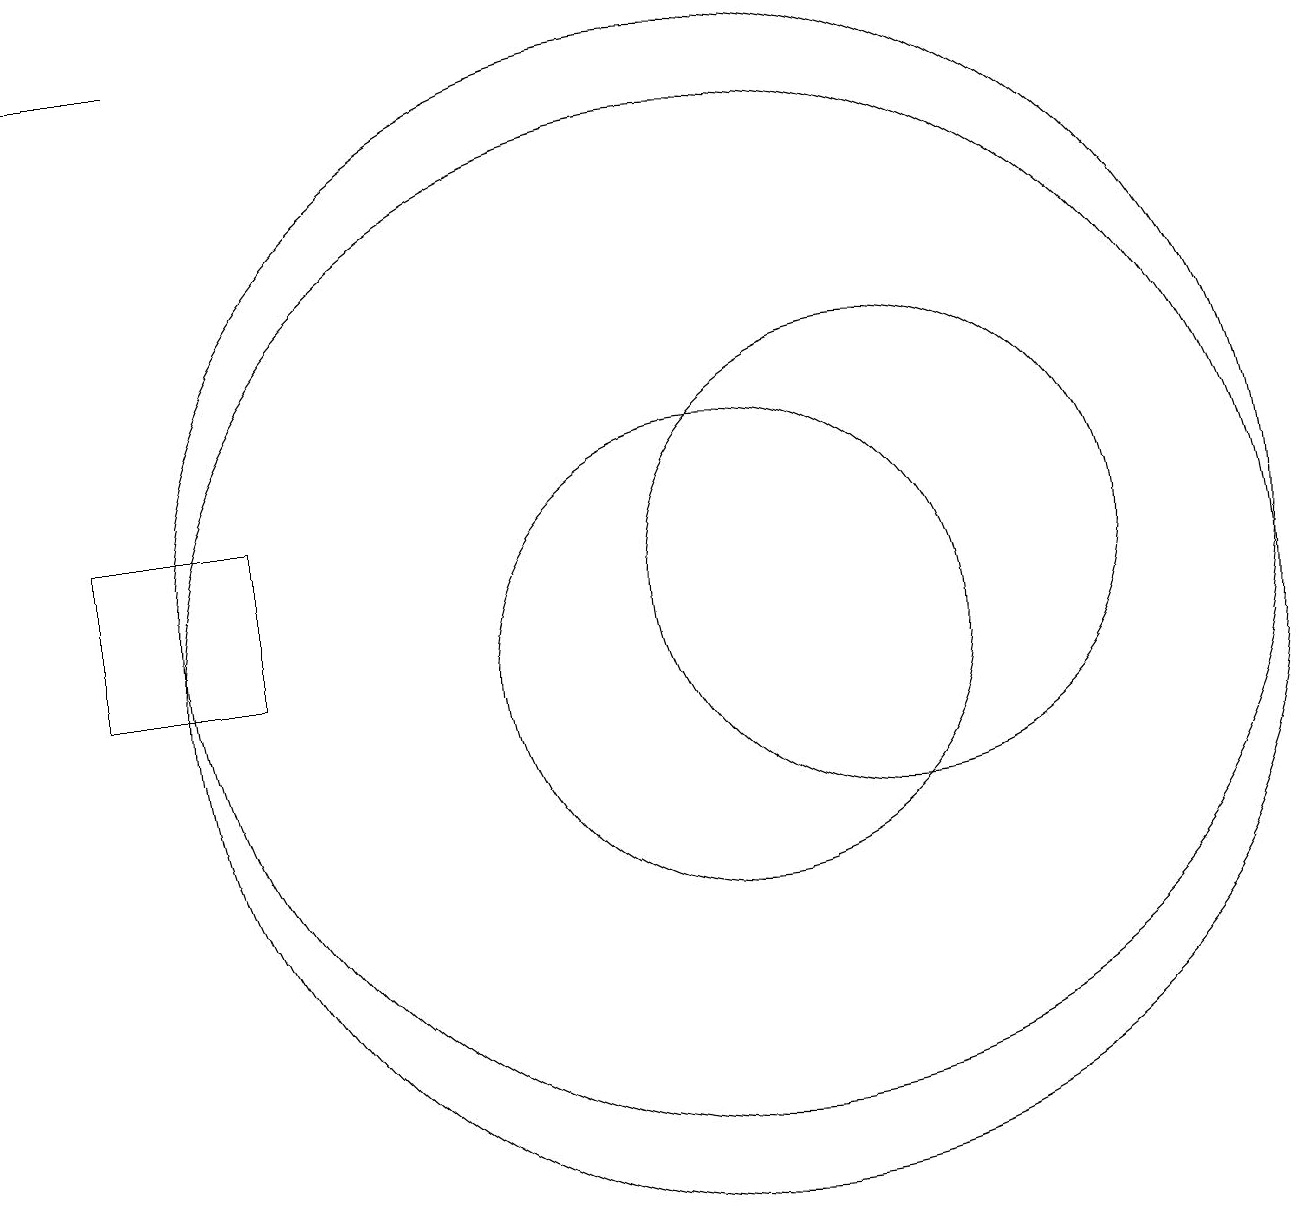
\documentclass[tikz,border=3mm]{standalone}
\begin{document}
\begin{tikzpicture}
\draw (10,10) circle (3);
\draw (10,10) circle (7);
\draw (12,11) circle (3);
\draw (10,11) circle (7);
\draw[->] (3,18) -- (1,18);
\draw (4,12) rectangle (2,10);
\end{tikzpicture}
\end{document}